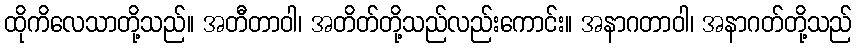
ထိုကိလေသာတို့သည်။ အတီတာဝါ၊ အတိတ်တို့သည်လည်းကောင်း။ အနာဂတာဝါ၊ အနာဂတ်တို့သည်